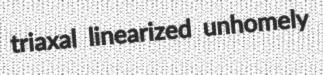
triaxal linearized unhomely